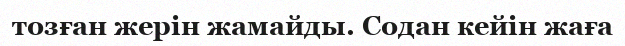
тозған жерін жамайды. Содан кейін жаға